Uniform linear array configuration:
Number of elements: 12
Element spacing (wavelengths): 0.25
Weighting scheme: hann
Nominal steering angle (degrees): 15
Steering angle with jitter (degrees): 15.587
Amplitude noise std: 0.05
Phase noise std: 0.05

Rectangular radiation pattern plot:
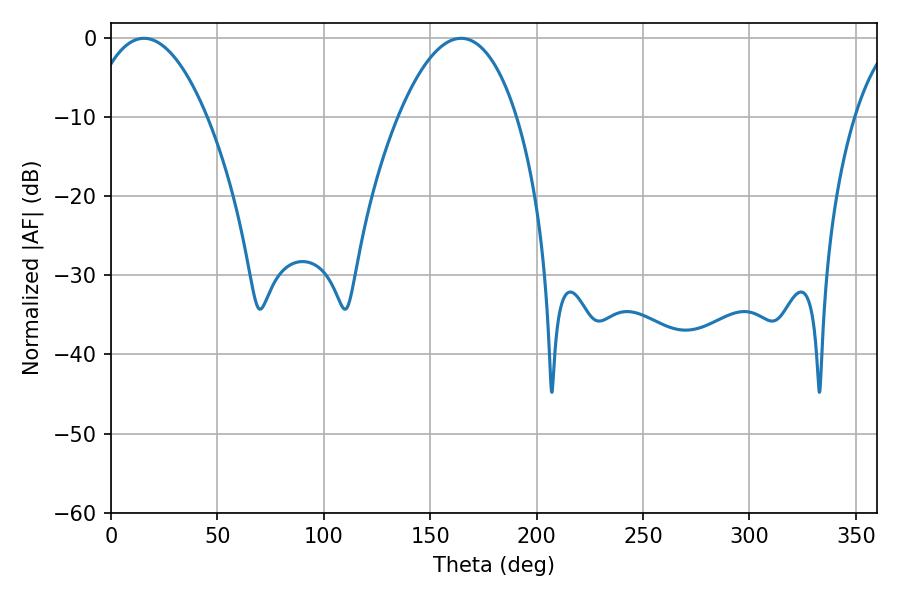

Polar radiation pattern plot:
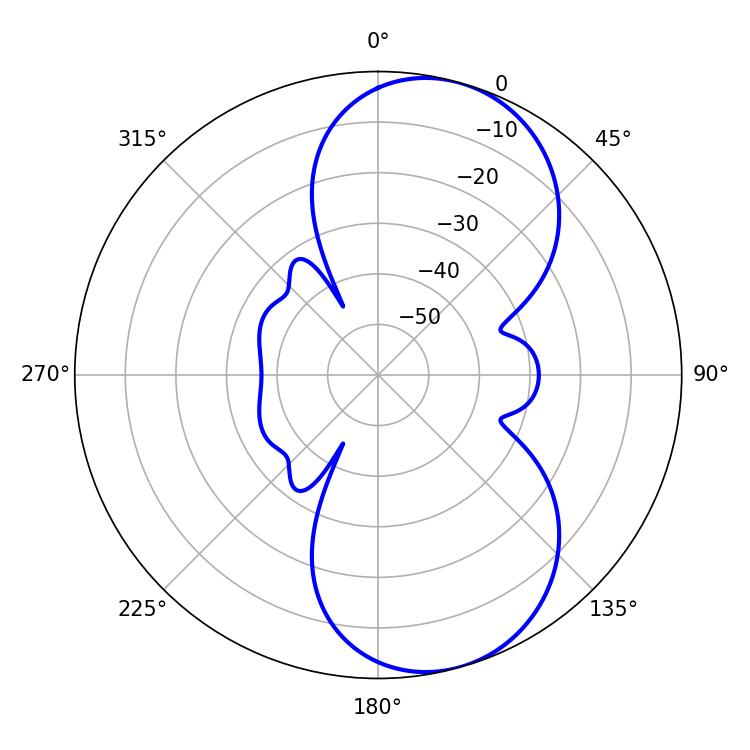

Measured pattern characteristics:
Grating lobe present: FALSE
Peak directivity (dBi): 7.954
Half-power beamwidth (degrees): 30.96
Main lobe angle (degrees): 15.48